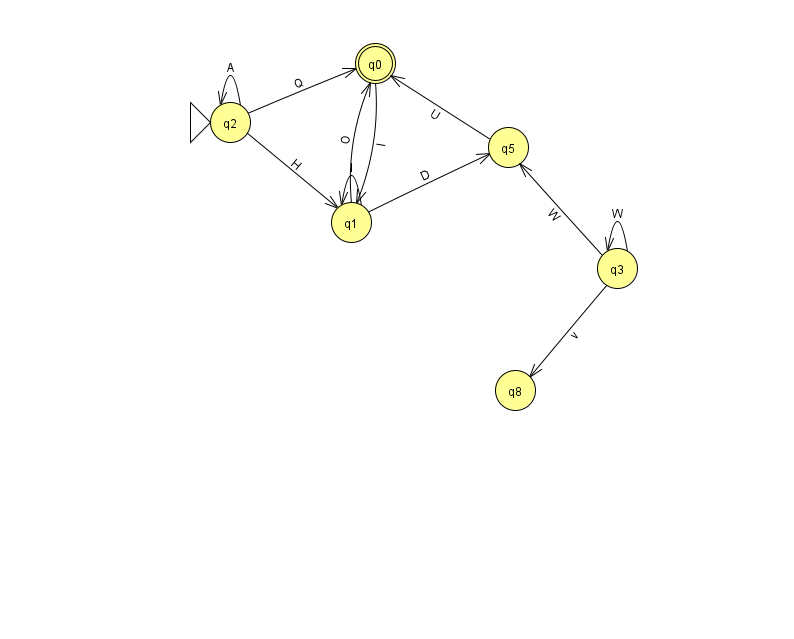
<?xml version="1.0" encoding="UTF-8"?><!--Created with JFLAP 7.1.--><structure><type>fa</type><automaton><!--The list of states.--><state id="0" name="q0"><x>375.0</x><y>50.0</y><final/></state><state id="1" name="q1"><x>351.0</x><y>209.0</y></state><state id="2" name="q2"><x>230.0</x><y>109.0</y><initial/></state><state id="3" name="q3"><x>617.0</x><y>255.0</y></state><state id="5" name="q5"><x>508.0</x><y>134.0</y></state><state id="8" name="q8"><x>515.0</x><y>377.0</y></state><!--The list of transitions.--><transition><from>2</from><to>0</to><read>Q</read></transition><transition><from>2</from><to>2</to><read>A</read></transition><transition><from>3</from><to>8</to><read>v</read></transition><transition><from>3</from><to>3</to><read>W</read></transition><transition><from>2</from><to>1</to><read>H</read></transition><transition><from>1</from><to>5</to><read>D</read></transition><transition><from>3</from><to>5</to><read>W</read></transition><transition><from>5</from><to>0</to><read>U</read></transition><transition><from>1</from><to>1</to><read>l</read></transition><transition><from>0</from><to>1</to><read>l</read></transition><transition><from>1</from><to>0</to><read>O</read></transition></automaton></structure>